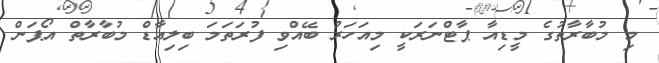
މި މުބާރާތުގެ މީޑިއާ ޕާޓްނަރަކީ މިއަހަރު ބޭއްވި ފުރަތަމަ ބިލިއާޑް މުބާރާތް އޯޕަން